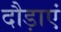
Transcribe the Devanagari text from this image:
दौड़ाएं